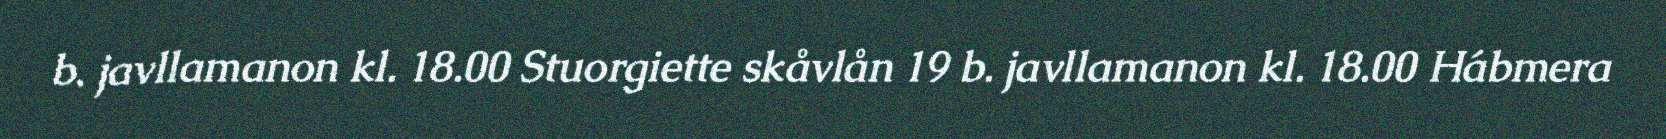
b. javllamanon kl. 18.00 Stuorgiette skåvlån 19 b. javllamanon kl. 18.00 Hábmera